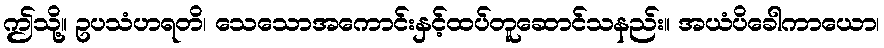
ဤသို့။ ဥပသံဟရတိ၊ သေသောအကောင်းနှင့်ထပ်တူဆောင်သနည်း။ အယံပိခေါကာယော၊